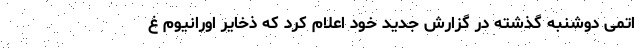
اتمی دوشنبه گذشته در گزارش جدید خود اعلام کرد که ذخایر اورانیوم غ